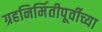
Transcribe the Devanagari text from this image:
ग्रहनिर्मितीपूर्वीच्या